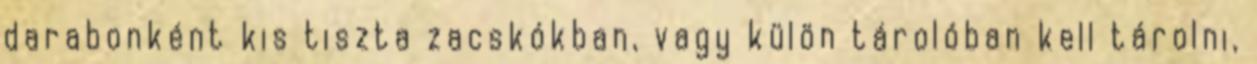
darabonként kis tiszta zacskókban, vagy külön tárolóban kell tárolni,